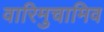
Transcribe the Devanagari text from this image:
वारिमुचामिव